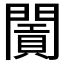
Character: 𨶛